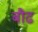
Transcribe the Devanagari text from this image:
बौढ